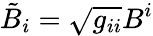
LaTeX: \tilde{B}_{i}=\sqrt{g_{ii}}B^{i}